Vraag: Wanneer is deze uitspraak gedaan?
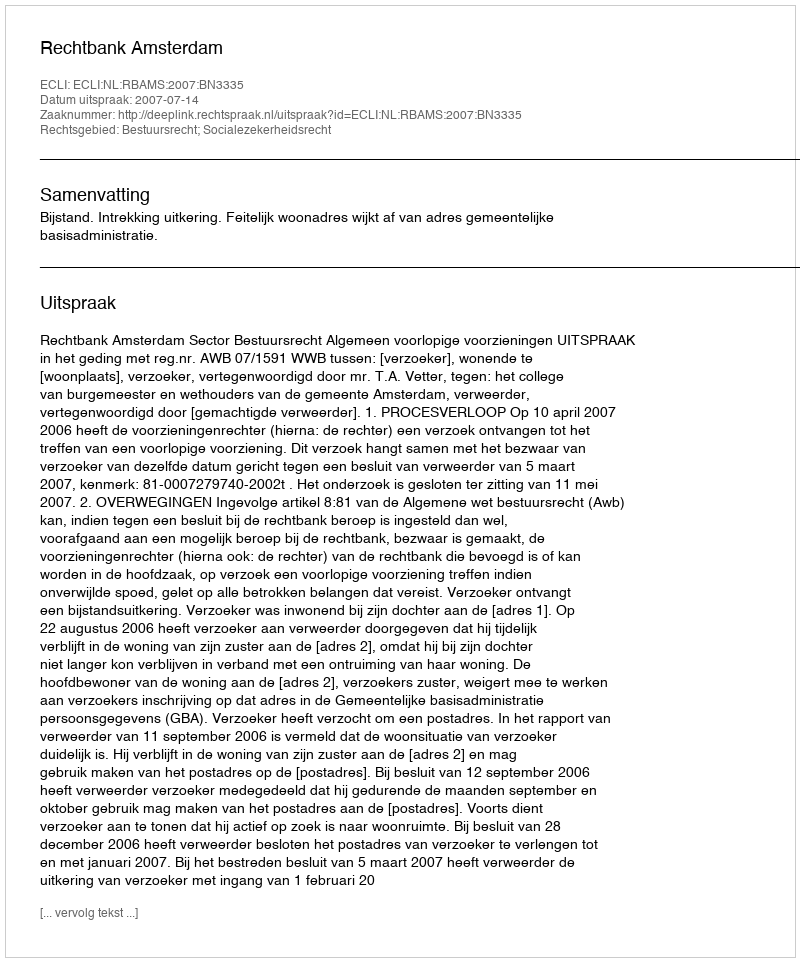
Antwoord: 2007-07-14